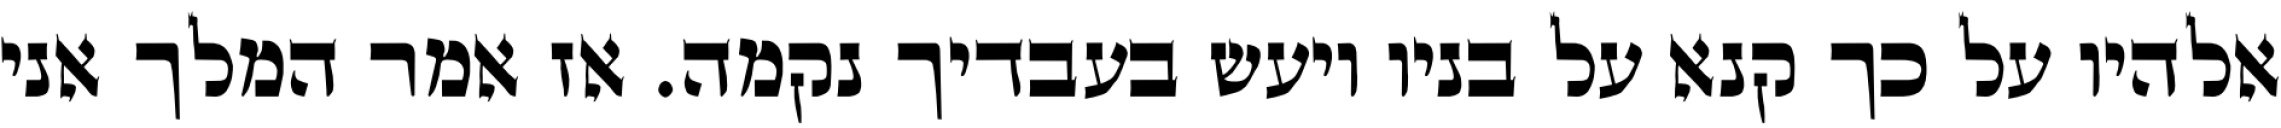
אלהיו על כך קנא על בניו ויעש בעבדיך נקמה. אז אמר המלך אני